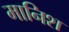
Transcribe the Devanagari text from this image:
मानिश